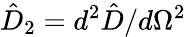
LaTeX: \hat{D}_{2}=d^{2}\hat{D}/d\Omega^{2}